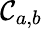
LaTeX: \mathcal{C}_{a,b}